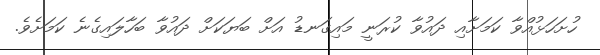
ހުށަހަޅުއްވާ ކަމަށާއި ދައުވާ ކުރަނީ މައިގަނޑު އަށް ބަޔަކަށް ދައުވާ ބަހާލައިގެނެ ކަމަށެވެ.